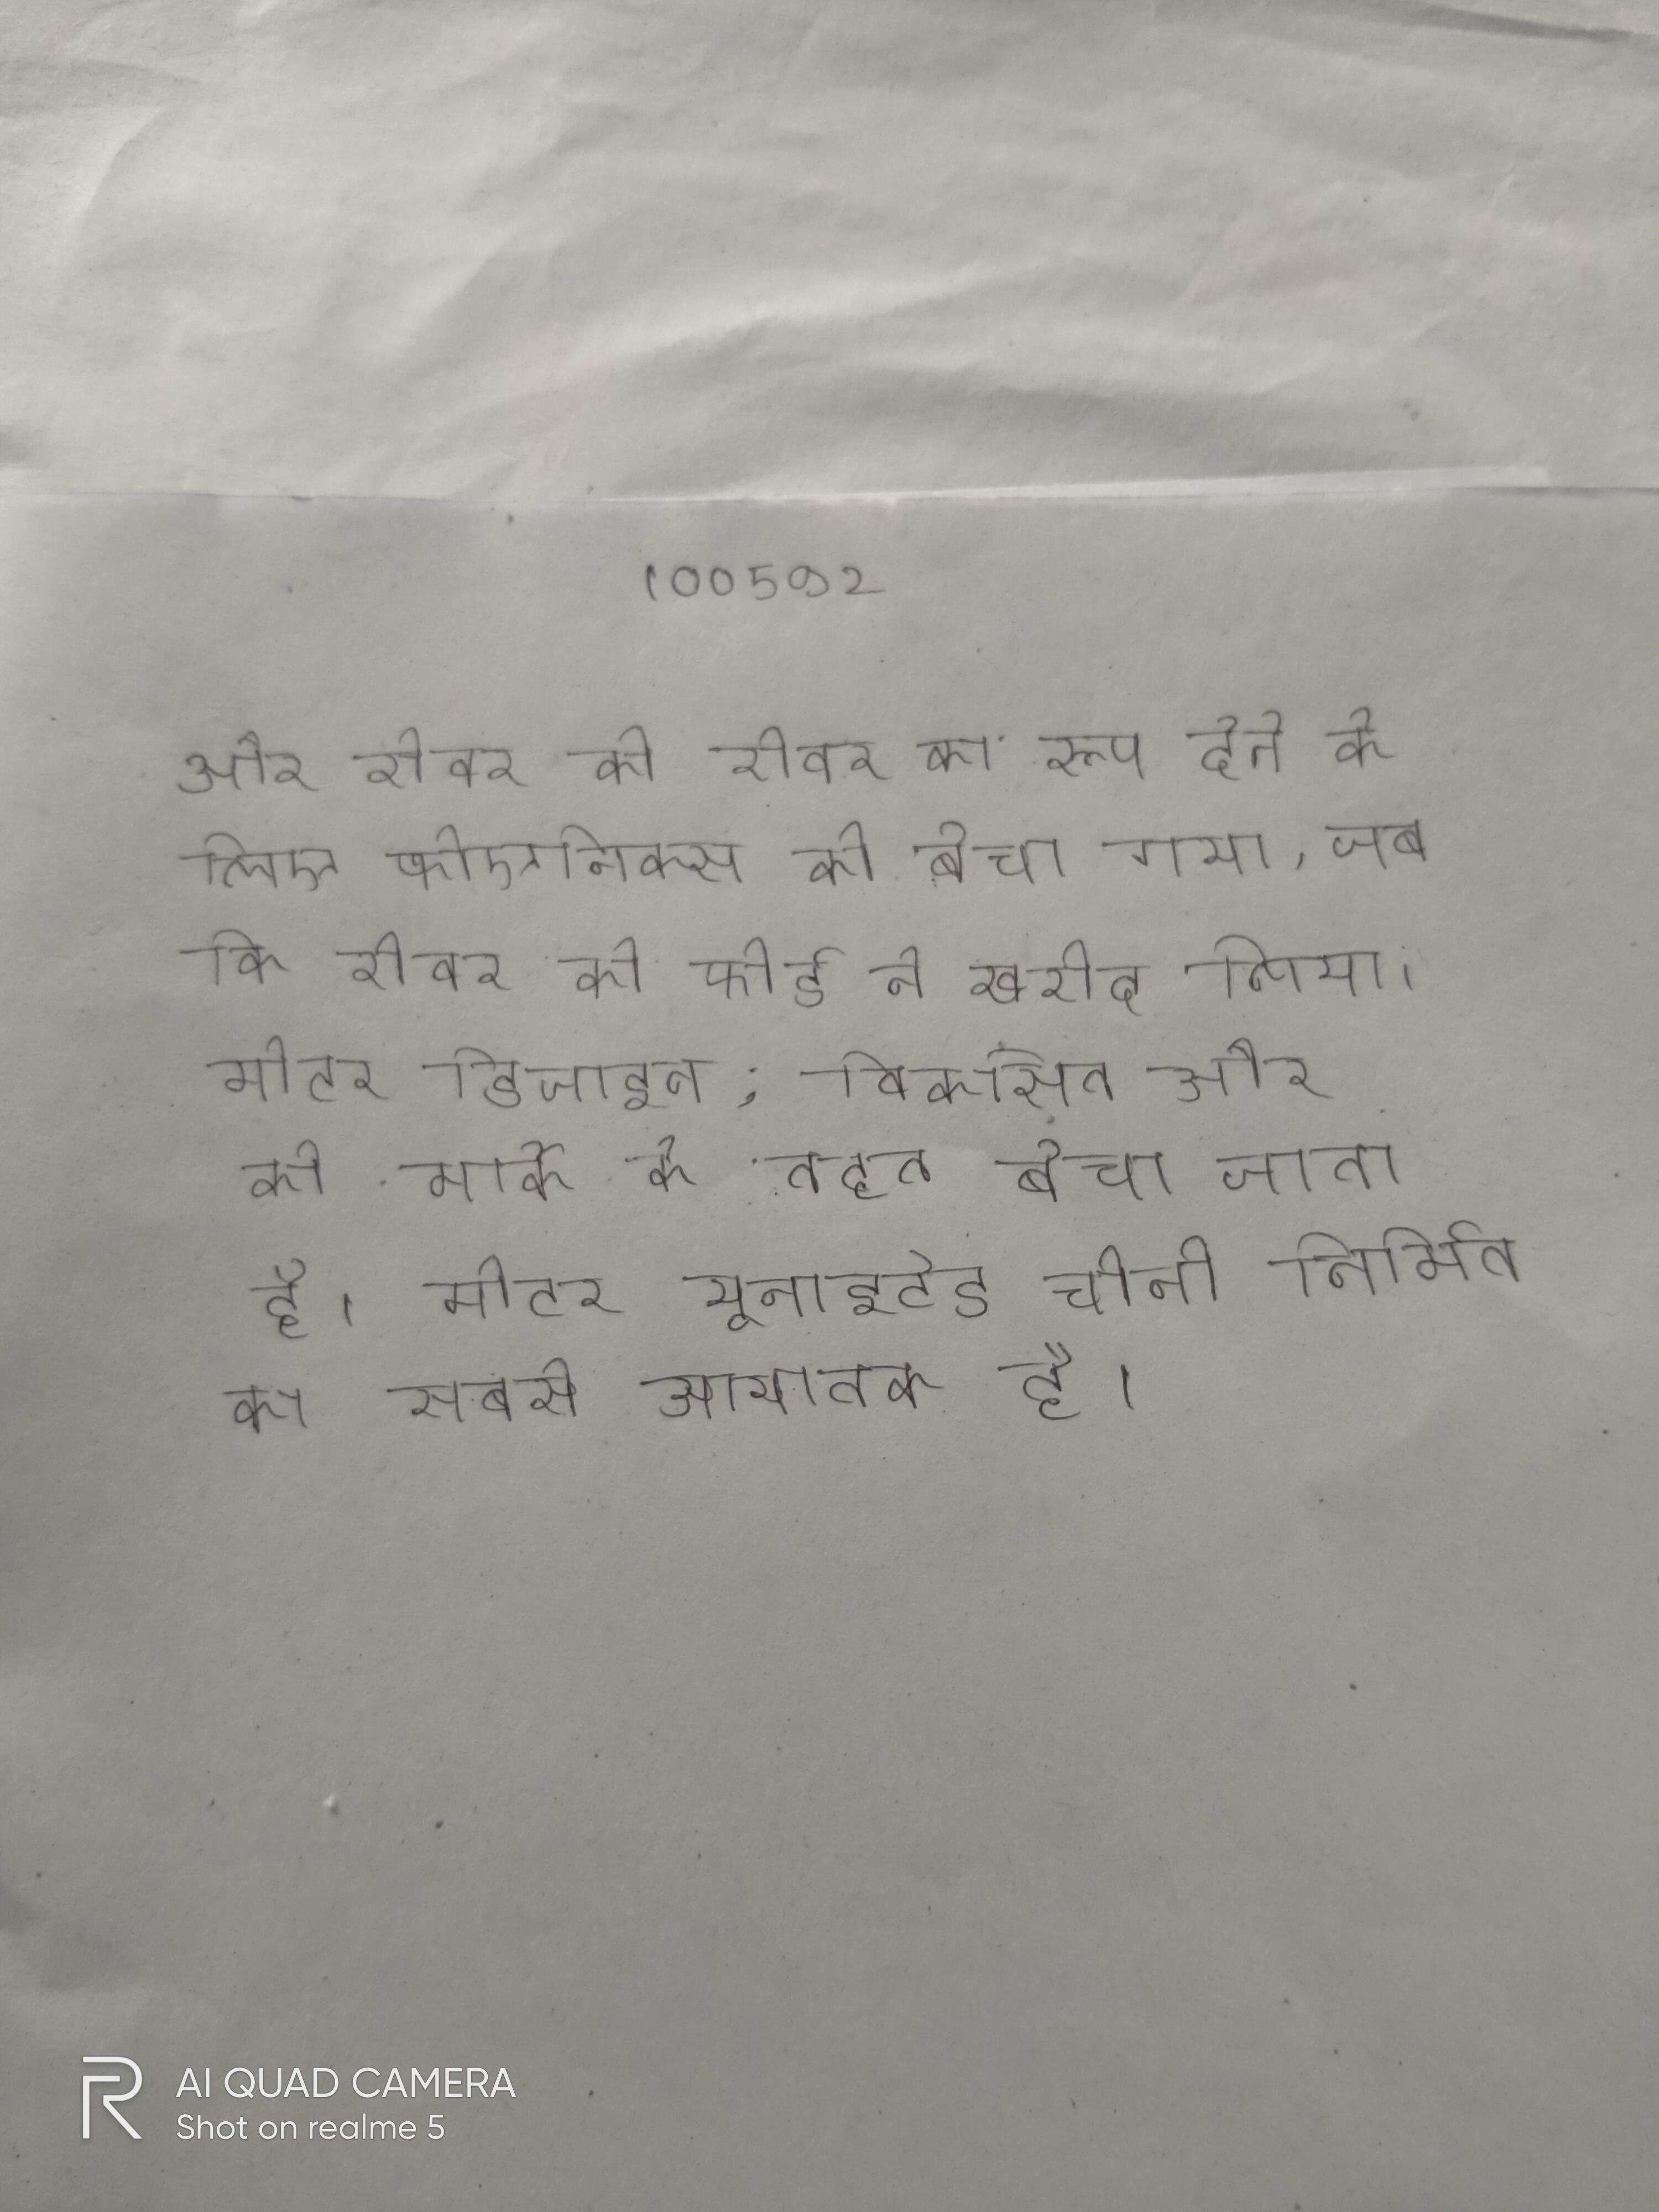
और रोवर को रोवर का रूप देने के लिए फोएनिक्स को बेचा गया, जबकि रोवर को फोर्ड ने खरीद लिया । मोटर डिजाइन, विकसित और को मार्के के तहत बेचा जाता है । मोटर यूनाइटेड चीनी निर्मित का सबसे आयातक है ।